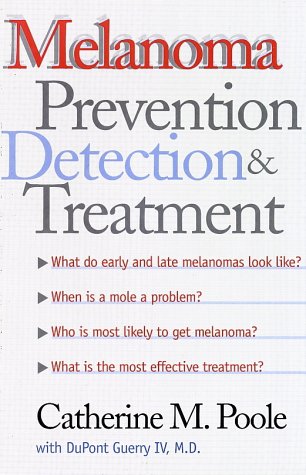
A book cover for Melanoma: Prevention, Detection, and Treatment; Professor Catherine M. Poole; Health, Fitness & Dieting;